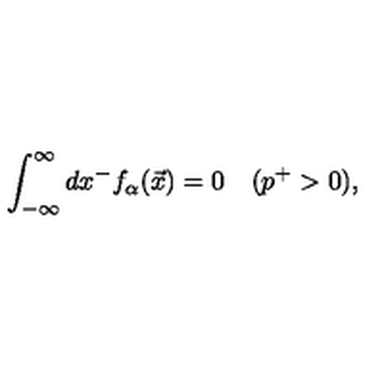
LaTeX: \int _ { - \infty } ^ { \infty } d x ^ { - } f _ { \alpha } ( \vec { x } ) = 0 \quad ( p ^ { + } > 0 ) ,